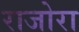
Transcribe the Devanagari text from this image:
राजोरा